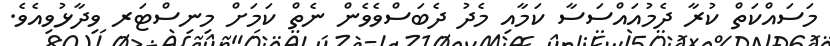
މަސައްކަތް ކުރާ ދެމުއައްސަސާ ކަމާއި މެދު ދެބަސްވެވެން ނެތް ކަމަށް މިނިސްޓަރ ވިދާޅުވިއެވެ.